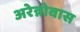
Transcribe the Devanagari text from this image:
अरेन्नोवास